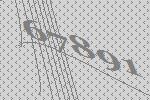
67891